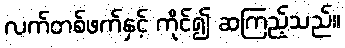
လက်တစ်ဖက်နှင့် ကိုင်၍ ဆကြည့်သည်။